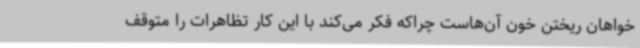
خواهان ریختن خون آن‌هاست چراکه فکر می‌کند با این کار تظاهرات را متوقف